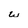
Character: w